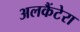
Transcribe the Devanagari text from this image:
अलकैंटेरा